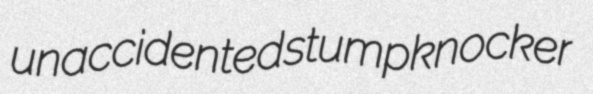
unaccidented stumpknocker